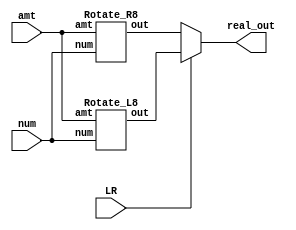
// This program was cloned from: https://github.com/AngeloJacobo/FPGA_Book_Experiments
// License: MIT License

`timescale 1ns / 1ps

module barrel_shifter_8(  
		input wire[7:0] num,
		input wire[2:0] amt,
		input wire LR,
		output wire[7:0] real_out);
		wire[7:0] out_1,out_2;
		Rotate_R8 m0(num,amt,out_1);
		Rotate_L8 m1(num,amt,out_2);
		assign real_out=LR?out_2:out_1;   //MUX for left or right 8-bit shifter
endmodule	 

module Rotate_R8(
	input wire[7:0] num, 
	input wire[2:0] amt,
	output wire[7:0] out
    );
	 wire[7:0] s0,s1,s2;
	 assign s0=amt[0]?{num[0],num[7:1]}:num; //1 move
	 assign s1=amt[1]?{s0[1:0],s0[7:2]}:s0;  //2 moves
	 assign s2=amt[2]?{s1[3:0],s1[7:4]}:s1;  //4 moves
	 assign out=s2;
endmodule

module Rotate_L8(
	input wire[7:0] num, 
	input wire[2:0] amt,
	output wire[7:0] out
    );
	 wire[7:0] s0,s1,s2;
	 assign s0=amt[0]?{num[6:0],num[7]}:num; //1 move
	 assign s1=amt[1]?{s0[5:0],s0[7:6]}:s0;  //2 moves
	 assign s2=amt[2]?{s1[3:0],s1[7:4]}:s1;  //4 moves
	 assign out=s2;
endmodule